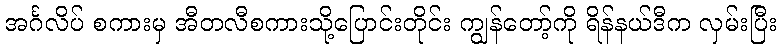
အင်္ဂလိပ် စကားမှ အီတလီစကားသို့ပြောင်းတိုင်း ကျွန်တော့်ကို ရိန်နယ်ဒီက လှမ်းပြီး